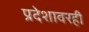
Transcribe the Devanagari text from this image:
प्रदेशावरही